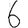
Digit: 6